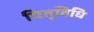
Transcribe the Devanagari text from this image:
पितृविधि